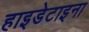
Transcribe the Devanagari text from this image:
हाइडेटाइना